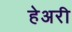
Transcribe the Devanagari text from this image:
हेअरी